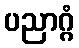
ပညာဂ္ဂံ